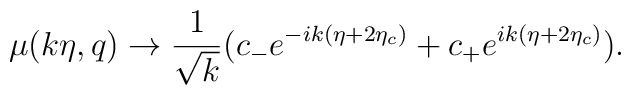
\mu(k\eta, q) \rightarrow \frac{1}{\sqrt{k}} (c_{-} e^{-ik(\eta+2\eta_c)}+c_{+} e^{ik(\eta+2\eta_c)}).